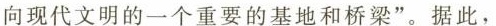
向现代文明的一个重要的基地和桥梁”。据此，